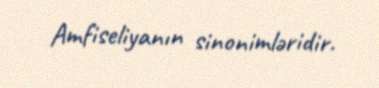
Amfiseliyanın sinonimləridir.